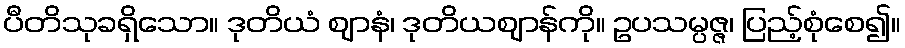
ပီတိသုခရှိသော။ ဒုတိယံ ဈာနံ၊ ဒုတိယဈာန်ကို။ ဥပသမ္ပဇ္ဇ၊ ပြည့်စုံစေ၍။